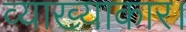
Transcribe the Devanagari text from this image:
व्याख्याकार।